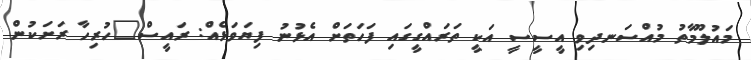
މައުލޫމާތު މުއްސަނދިވި އީސީސީ އަކީ ތަރައްގީގައި ފަހަތަށް އެޅުނު ފިޔަވަޅެއް: ރައީސް"ހުރިހާ ރަށަކުން